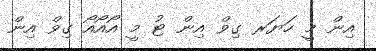
އިން މީ ހަޔަރ ގިވް އިން ޓު މީ އޯއޯއޯ ގިވް އިން